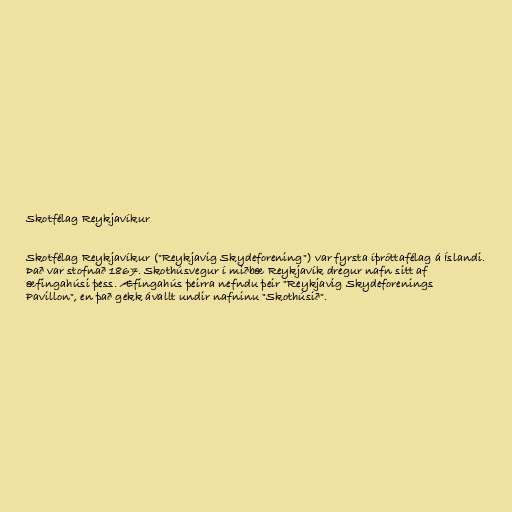
Skotfélag Reykjavíkur

Skotfélag Reykjavíkur ("Reykjavig Skydeforening") var fyrsta íþróttafélag á Íslandi.
Það var stofnað 1867. Skothúsvegur í miðbæ Reykjavík dregur nafn sitt af
æfingahúsi þess. Æfingahús þeirra nefndu þeir "Reykjavig Skydeforenings
Pavillon", en það gekk ávallt undir nafninu "Skothúsið".